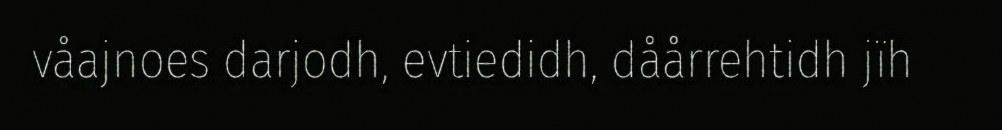
våajnoes darjodh, evtiedidh, dåårrehtidh jïh